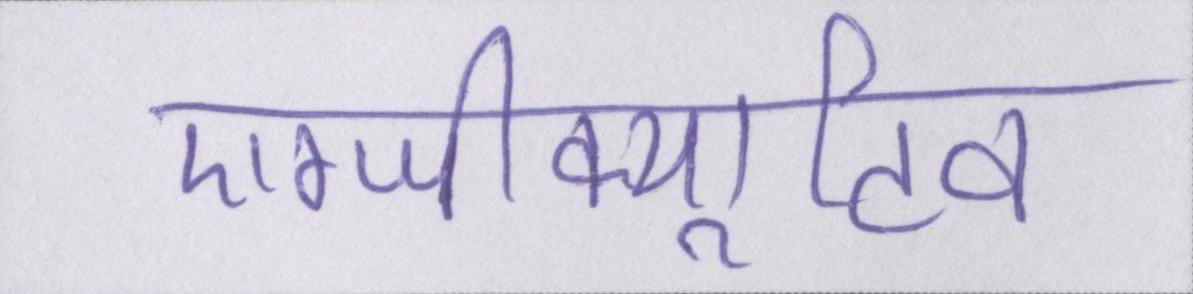
एग्जीक्यूटिव